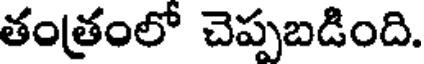
తంత్రంలో చెప్పబడింది.